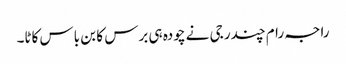
راجہ رام چندر جی نے چودہ ہی برس کا بن باس کاٹا۔